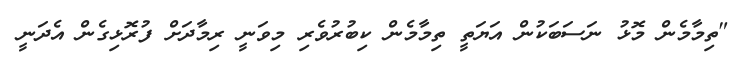
"ތިމާމެން މޮޅު ނަސަބަކުން އަޔަތީ ތިމާމެން ކިބުރުވެރި މިވަނީ ރިމާދަށް ފުރޮޅިގެން އެދަނީ